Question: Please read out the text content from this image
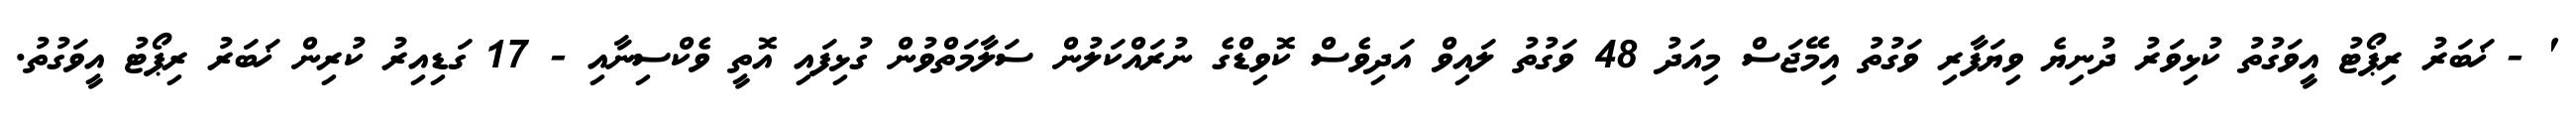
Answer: ' - ޚަބަރު ރިޕޯޓު އީވަގުތު ކުޅިވަރު ދުނިޔެ ވިޔަފާރި ވަގުތު އިމޭޖަސް މިއަދު 48 ވަގުތު ލައިވް އަދިވެސް ކޮވިޑްގެ ނުރައްކަލުން ސަލާމަތްވުން ގުޅިފައި އޮތީ ވެކްސިނާއި - 17 ގަޑިއިރު ކުރިން ޚަބަރު ރިޕޯޓު އީވަގުތު.